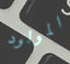
المولود